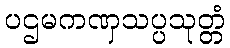
ပဌမကဏှသပ္ပသုတ္တံ